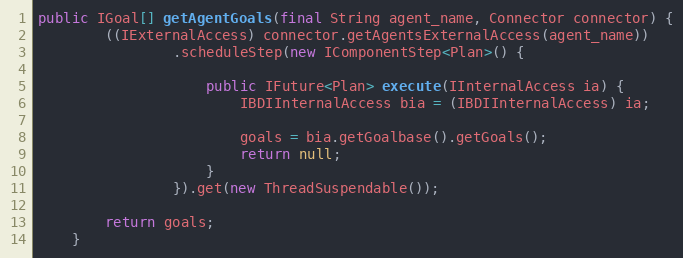
Language: Java
public IGoal[] getAgentGoals(final String agent_name, Connector connector) {
        ((IExternalAccess) connector.getAgentsExternalAccess(agent_name))
                .scheduleStep(new IComponentStep<Plan>() {

                    public IFuture<Plan> execute(IInternalAccess ia) {
                        IBDIInternalAccess bia = (IBDIInternalAccess) ia;

                        goals = bia.getGoalbase().getGoals();
                        return null;
                    }
                }).get(new ThreadSuspendable());

        return goals;
    }